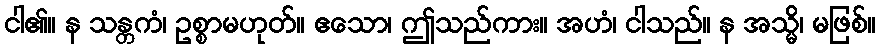
ငါ၏။ န သန္တကံ၊ ဥစ္စာမဟုတ်။ ဧသော၊ ဤသည်ကား။ အဟံ၊ ငါသည်။ န အသ္မိ၊ မဖြစ်။